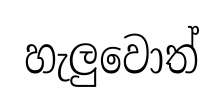
හැලුවොත්